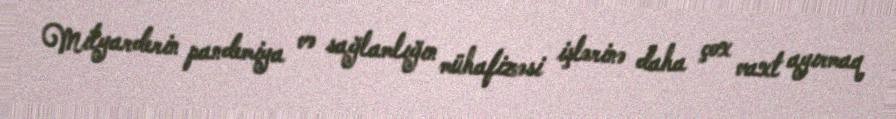
Milyarderin pandemiya və sağlamlığın mühafizəsi işlərinə daha çox vaxt ayırmaq